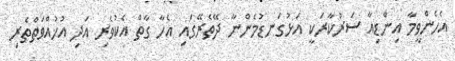
އެހެންވީމާ އިންޑިއާ ސަރުކާރަކީ އަޅުގަނޑުމެންނާ ދޭތެރޭގައި އެހާ ގާތް އެކުވެރި އަދި އުޚުއްވަތްތެރި